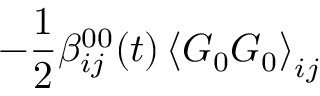
- \frac { 1 } { 2 } \beta _ { i j } ^ { 0 0 } ( t ) \left\langle \boldsymbol { G } _ { 0 } \boldsymbol { G } _ { 0 } \right\rangle _ { i j }